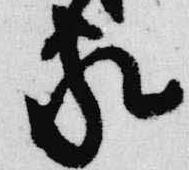
家